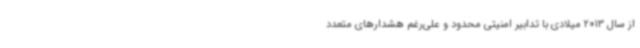
از سال 2013 میلادی با تدابیر امنیتی محدود و علی‌رغم هشدارهای متعدد